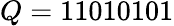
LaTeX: Q=11010101